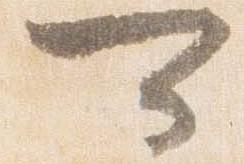
可